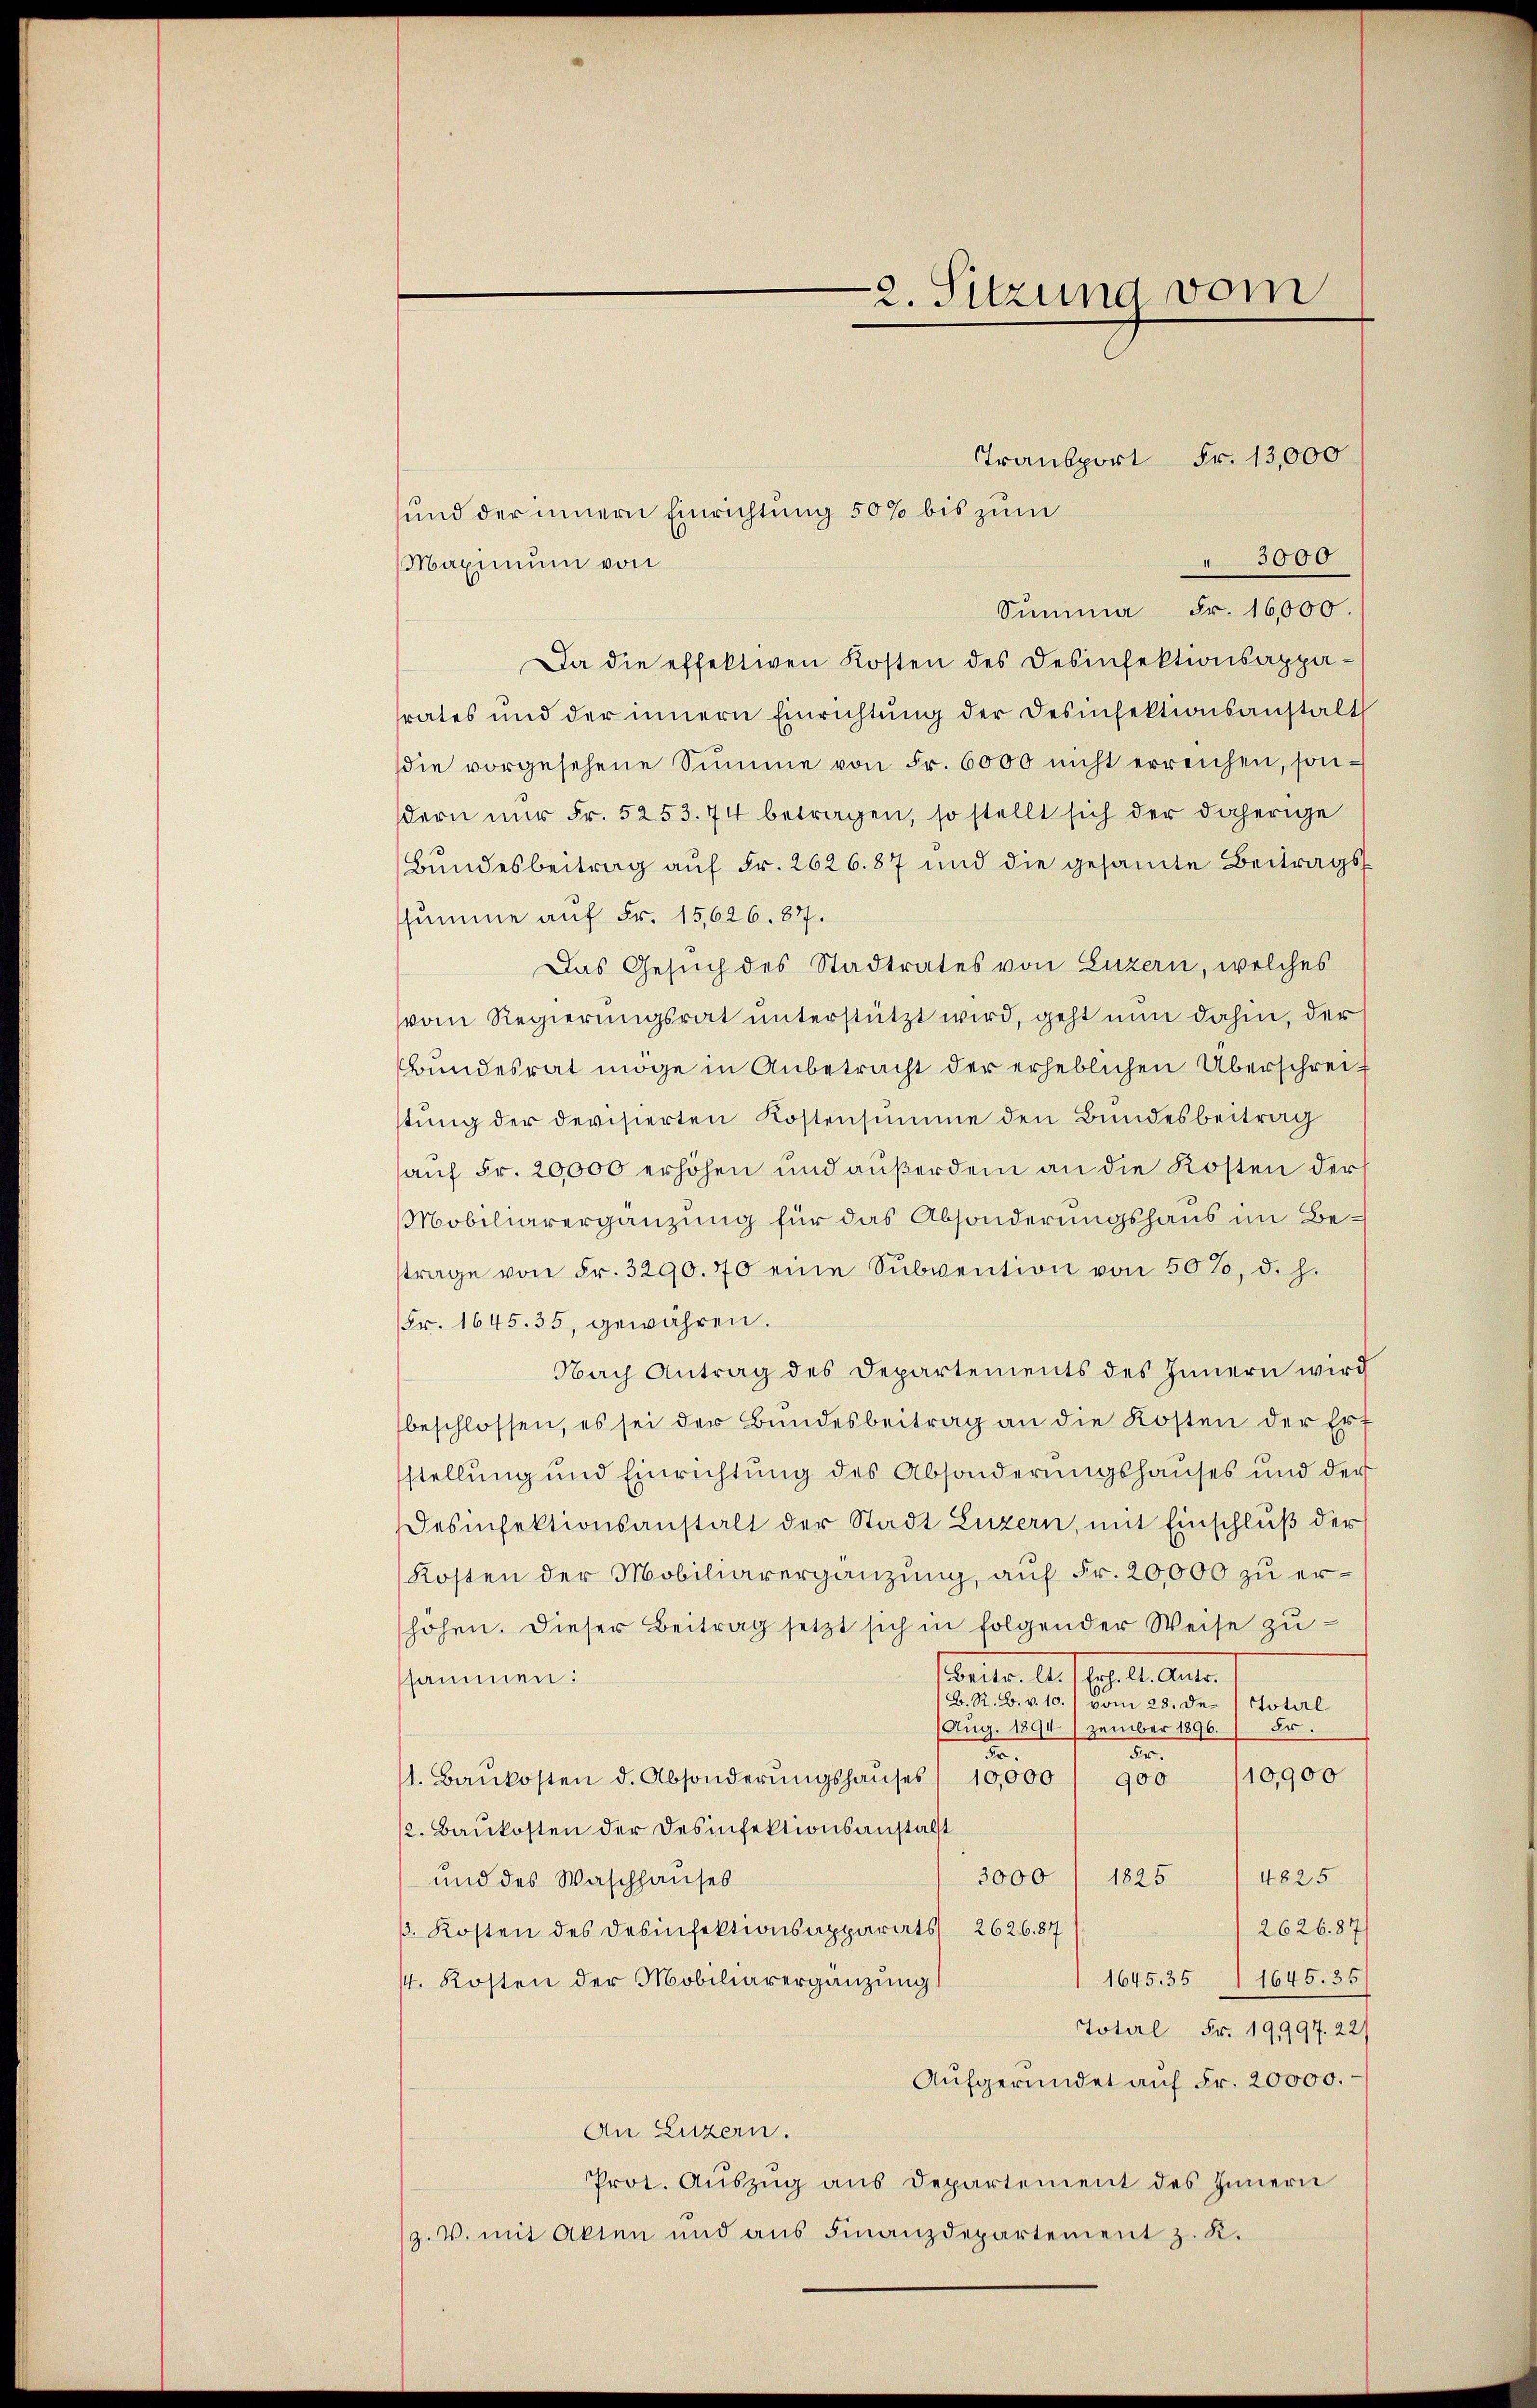
2. Sitzung vom

Transport Fr. 13,000
und der innern Einrichtung 50% bis zum
 3000
Maximum von
Summa Fr. 16,000.
Da die effektiven Kosten des Desinfektionsappa-
rates und der innern Einrichtŭng der Desinsektionsanstalt
die vorgesehene Summe von Fr. 6000 nicht erreichen, son-
dern nŭr Fr. 5253. 74 betragen, so stellt sich der daherige
Bundesbeitrag auf Fr. 2626. 87 und die gesamte Beitragsssumme auf Fr. 15,626. 87.
Das Gesuch des Stadtrates von Luzern, welches
vom Regierungsrat unterstützt wird, geht nun dahin, der
Bundesrat möge in Anbetracht der erheblichen Überschreif
tŭng der devisierten Kostensumme den Bundesbeitrag
auf Fr. 20,000 erhöhen und außerdem an die Kosten der
Mobiliarergänzung für das Absonderungshaus im Betrage von Fr. 3290. 70 eine Sŭbvention von 50%, d. h.
Fr. 1645. 35, gewähren.
Nach Antrag des Departements des Innern wird
beschlossen, es sei der Bundesbeitrag an die Kosten der Erf
stellung und Einrichtung des Absonderungshauses und der
Desinfektionsanstalt der Stadt Luzern, mit Einschluß der
Kosten der Mobiliarergänzung, auf Fr. 20,000 zu erhöhen. Dieser Beitrag setzt sich in folgender Weise zŭ-
Seiter. Al. 109. 1. Austr.
sammen:
B. R. B. v. 10. vom 28. De¬
Totirl
Er.
Aug. 1894) zember 1896.
.
50.
10,900
1. Baŭkosten d. Absonderŭngshauses / 10,000
900
12. Baukosten der Desinfektionsanstalt
3000 / 1825 (4825.
und des Waschhauses
2626. 87
ß. Kosten des Desinfektionsapparats 2626,87
1645. 351 1645. 35
/4. Kosten der Mobiliarergänzung
Toterl Fr. 19,997. 22)
Aufgeründet auf Fr. 20000.
An Luzern.
Prot. Auszug aus Departement des Innern
z. V. mit Akten und aus Finanzdepartement z. R.